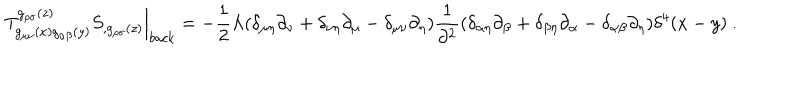
\left. T _ { g _ { \mu \nu } ( x ) g _ { \alpha \beta } ( y ) } ^ { g _ { \rho \sigma } ( z ) } S _ { , g _ { \rho \sigma } ( z ) } \right\vert _ { b a c k } = - \frac { 1 } { 2 } \Lambda ( \delta _ { \mu \eta } \partial _ { \nu } + \delta _ { \nu \eta } \partial _ { \mu } - \delta _ { \mu \nu } \partial _ { \eta } ) \frac { 1 } { \partial ^ { 2 } } ( \delta _ { \alpha \eta } \partial _ { \beta } + \delta _ { \beta \eta } \partial _ { \alpha } - \delta _ { \alpha \beta } \partial _ { \eta } ) \delta ^ { 4 } ( x - y ) \ .